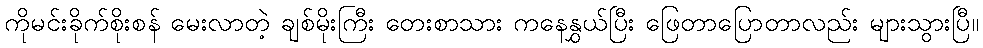
ကိုမင်းခိုက်စိုးစန် မေးလာတဲ့ ချစ်မိုးကြီး တေးစာသား ကနေနွှယ်ပြီး ဖြေတာပြောတာလည်း များသွားပြီ။